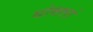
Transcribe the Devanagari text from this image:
घोसलां